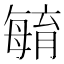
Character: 𣫺